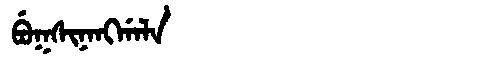
Manchu: ᠪᡠᡴᠰᡳᠨᠠᠩᡤᠠᠯᠠ
Romanization: BUKSINANGGALA